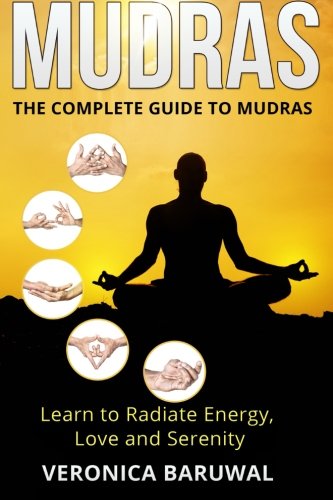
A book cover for Mudras: The Complete Guide to Mudras - Learn To Radiate Energy, Love and Serenity; Veronica Baruwal; Religion & Spirituality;